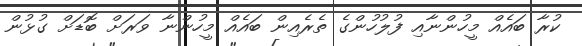
ކުރާ ބައެއް މީހުންނާއި ފުލުހުންގެ ތެރެއިން ބައެއް މީހުންނާ ވަރަށް ބޮޑަށް ގުޅުން